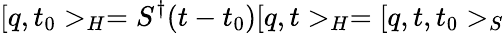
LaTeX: [q,t_{0}>_{H}=S^{\dagger}(t-t_{0})[q,t>_{H}=[q,t,t_{0}>_{S}